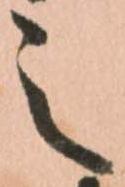
之